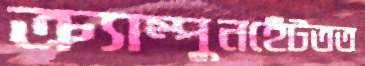
ক্র্যাম্পুনহেঁটতত